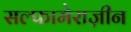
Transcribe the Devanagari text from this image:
सल्फामेराज़ीन